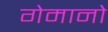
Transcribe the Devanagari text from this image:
गेमानो